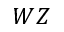
W Z